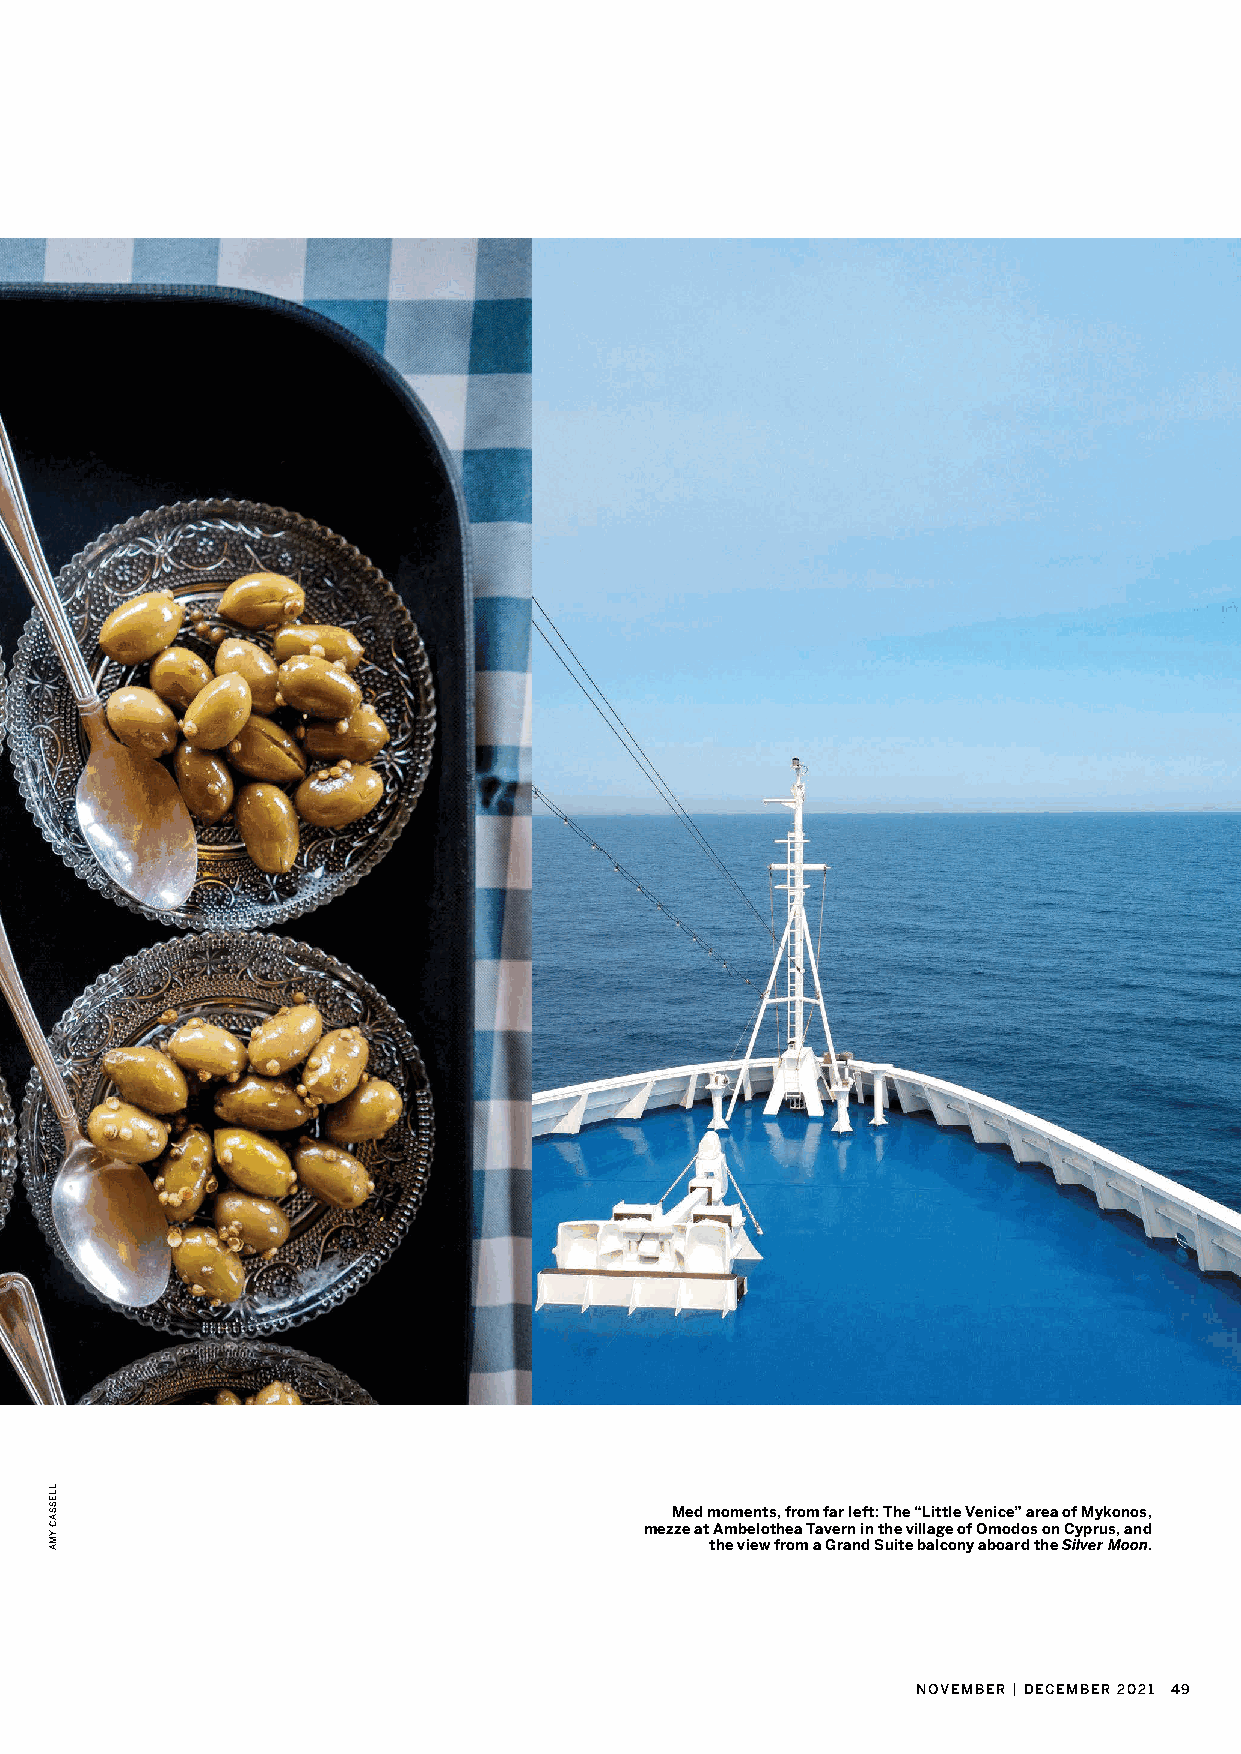
Med moments, from far left: The “Little Venice” area of Mykonos,
 mezze at Ambelothea Tavern in the village of Omodos on Cyprus, and
 the view from a Grand Suite balcony aboard the Silver Moon.
 NOVEMBER | DECEMBER 2021 49
 LLESSAC
 YMA